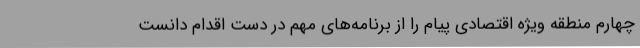
چهارم منطقه ویژه اقتصادی پیام را از برنامه‌های مهم در دست اقدام دانست